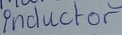
Text: Inductor